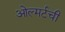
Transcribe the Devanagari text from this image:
ओल्मर्टची